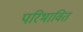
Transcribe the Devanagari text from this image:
परिभावित